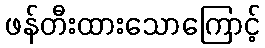
ဖန်တီးထားသောကြောင့်